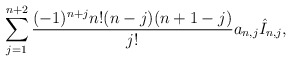
\begin{align*} \sum_{j=1}^{n+2}\frac{(-1)^{n+j}n!(n-j)(n+1-j)}{j!}a_{n,j}\hat{I}_{n,j},\end{align*}